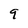
Character: 9